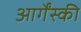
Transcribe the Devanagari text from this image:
आर्गेंस्की